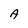
Character: A